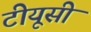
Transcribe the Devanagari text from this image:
टीयूसी